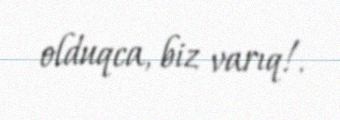
olduqca, biz varıq!.